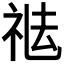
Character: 𥙒